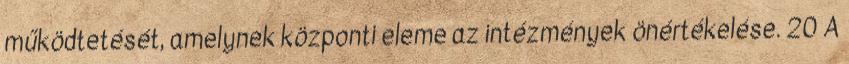
működtetését, amelynek központi eleme az intézmények önértékelése. 20 A